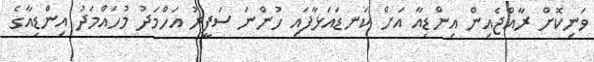
ވަނިކޮށް ރާއްޖެއިން އިންޑިއާ އަށް ކަނޑައަޅާފައި ހުންނަ ސަފީރު އަހްމަދު މުހައްމަދު އިންޑިއާގެ